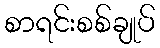
စာရင်းစစ်ချုပ်